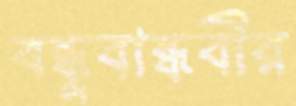
বন্ধুবান্ধবীর